Lunatic asylums Madras 1877-1891 - 1877-1891
Year: 1877
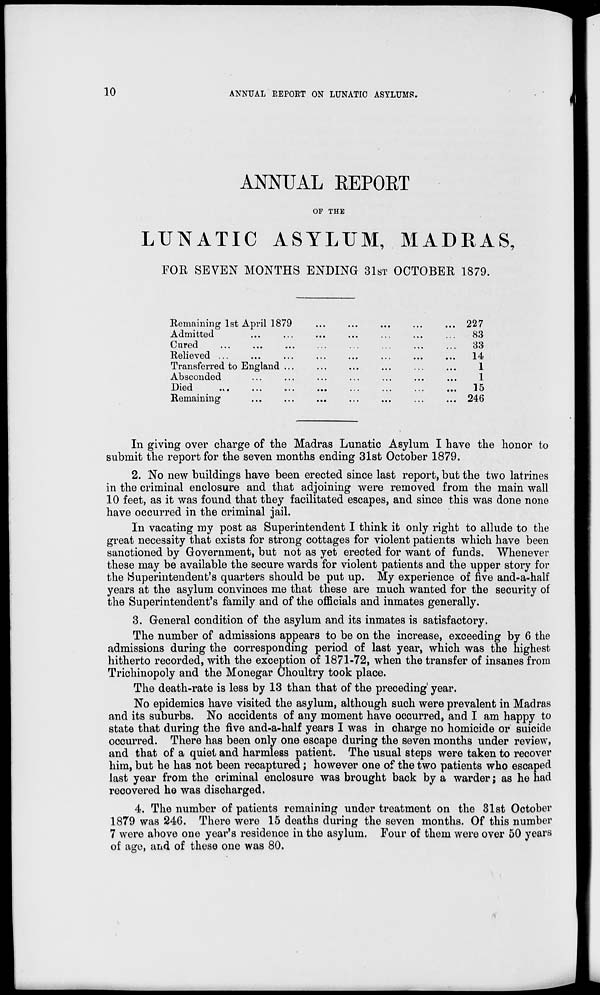
10
ANNUAL REPORT ON LUNATIC ASYLUMS.
ANNUAL REPORT
OF THE
LUNATIC ASYLUM, MADRAS,
FOR SEVEN MONTHS ENDING 31ST OCTOBER 1879.
Remaining 1st April 1879 ... ... ... ... ...
Admitted ... ... ... ... ... ... ...
Cured ... ... ... ... ... ... ...
Relieved ... ... ... ...... ... ...
Transferred to England ... ... ...... ... ...
Absconded ... ... ...... ... ... ...
Died
...
...
......
...
...
...
Remaining
...
...
......
...
...
...
227
83
33
14
1
1
15
246
In giving over charge of the Madras Lunatic Asylum I have the honor to
submit the report for the seven months ending 31st October 1879.
2. No new buildings have been erected since last report, but the two latrines
in the criminal enclosure and that adjoining were removed from the main wall
10 feet, as it was found that they facilitated escapes, and since this was done none
have occurred in the criminal jail.
In vacating my post as Superintendent I think it only right to allude to the
great necessity that exists for strong cottages for violent patients which have been
sanctioned by Government, but not as yet erected for want of funds. Whenever
these may be available the secure wards for violent patients and the upper story for
the Superintendent's quarters should be put up. My experience of five and-a-half
years at the asylum convinces me that these are much wanted for the security of
the Superintendent's family and of the officials and inmates generally.
3. General condition of the asylum and its inmates is satisfactory.
The number of admissions appears to be on the increase, exceeding by 6 the
admissions during the corresponding period of last year, which was the highest
hitherto recorded, with the exception of 1871-72, when the transfer of insanes from
Trichinopoly and the Monegar Choultry took place.
The death-rate is less by 13 than that of the preceding year.
No epidemics have visited the asylum, although such were prevalent in Madras
and its suburbs. No accidents of any moment have occurred, and I am happy to
state that during the five and-a-half years I was in charge no homicide or suicide
occurred. There has been only one escape during the seven months under review,
and that of a quiet and harmless patient. The usual steps were taken to recover
him, but he has not been recaptured; however one of the two patients who escaped
last year from the criminal enclosure was brought back by a warder; as he had
recovered he was discharged.
4. The number of patients remaining under treatment on the 31st October
1879 was 246. There were 15 deaths during the seven months. Of this number
7 were above one year's residence in the asylum. Four of them were over 50 years
of age, and of these one was 80.